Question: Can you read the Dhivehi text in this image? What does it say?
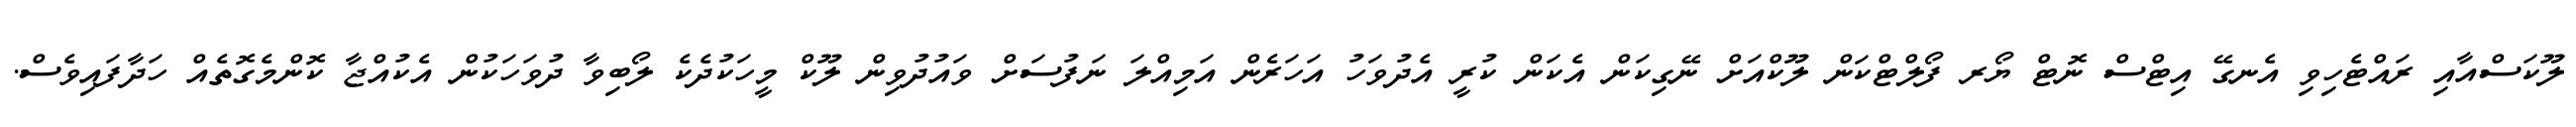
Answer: ލޫކަސްއާއި ރައްޓެހިވި އެނގޭ އިޓްސް ނޮޓް ޔޯރ ފޯލްޓްކަން ލޫކްއަށް ނޭގިކަން އެކަން ކުރީ އެދުވަހު އަހަރެން އަމިއްލަ ނަފުސަށް ވައުދުވިން ލޫކް މީހަކުދެކެ ލޯބިވާ ދުވަހަކުން އެކުއްޖާ ކޮންމެގޮތެއް ހަދާފައިވެސް.